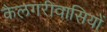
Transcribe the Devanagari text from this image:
कैलगरीवासियों